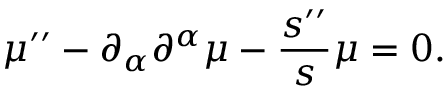
\mu ^ { \prime \prime } - \partial _ { \alpha } \partial ^ { \alpha } \mu - \frac { s ^ { \prime \prime } } { s } \mu = 0 .